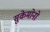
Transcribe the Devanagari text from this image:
सुकेमोनो